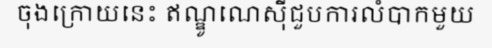
ចុងក្រោយនេះ ឥណ្ឌូណេស៊ីជួបការលំបាកមួយ